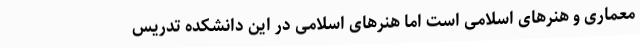
معماری و هنرهای اسلامی است اما هنرهای اسلامی در این دانشکده تدریس